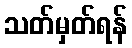
သတ်မှတ်ရန်